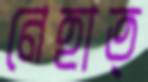
নেহাত্